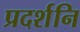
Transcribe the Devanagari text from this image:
प्रदर्शनि